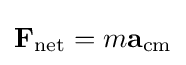
\mathbf {F} _{\mathrm {net} }=m\mathbf {a} _{\mathrm {cm} }